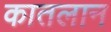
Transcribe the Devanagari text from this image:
कातलान